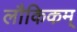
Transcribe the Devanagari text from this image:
लौकिकम्